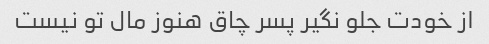
از خودت جلو نگیر پسر چاق هنوز مال تو نیست